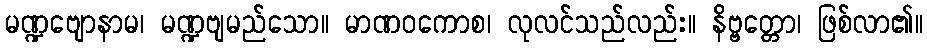
မဏ္ဍဗျောနာမ၊ မဏ္ဍဗျမည်သော။ မာဏဝကောစ၊ လုလင်သည်လည်း။ နိဗ္ဗတ္တော၊ ဖြစ်လာ၏။